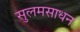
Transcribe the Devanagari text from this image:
सुलमसाधन